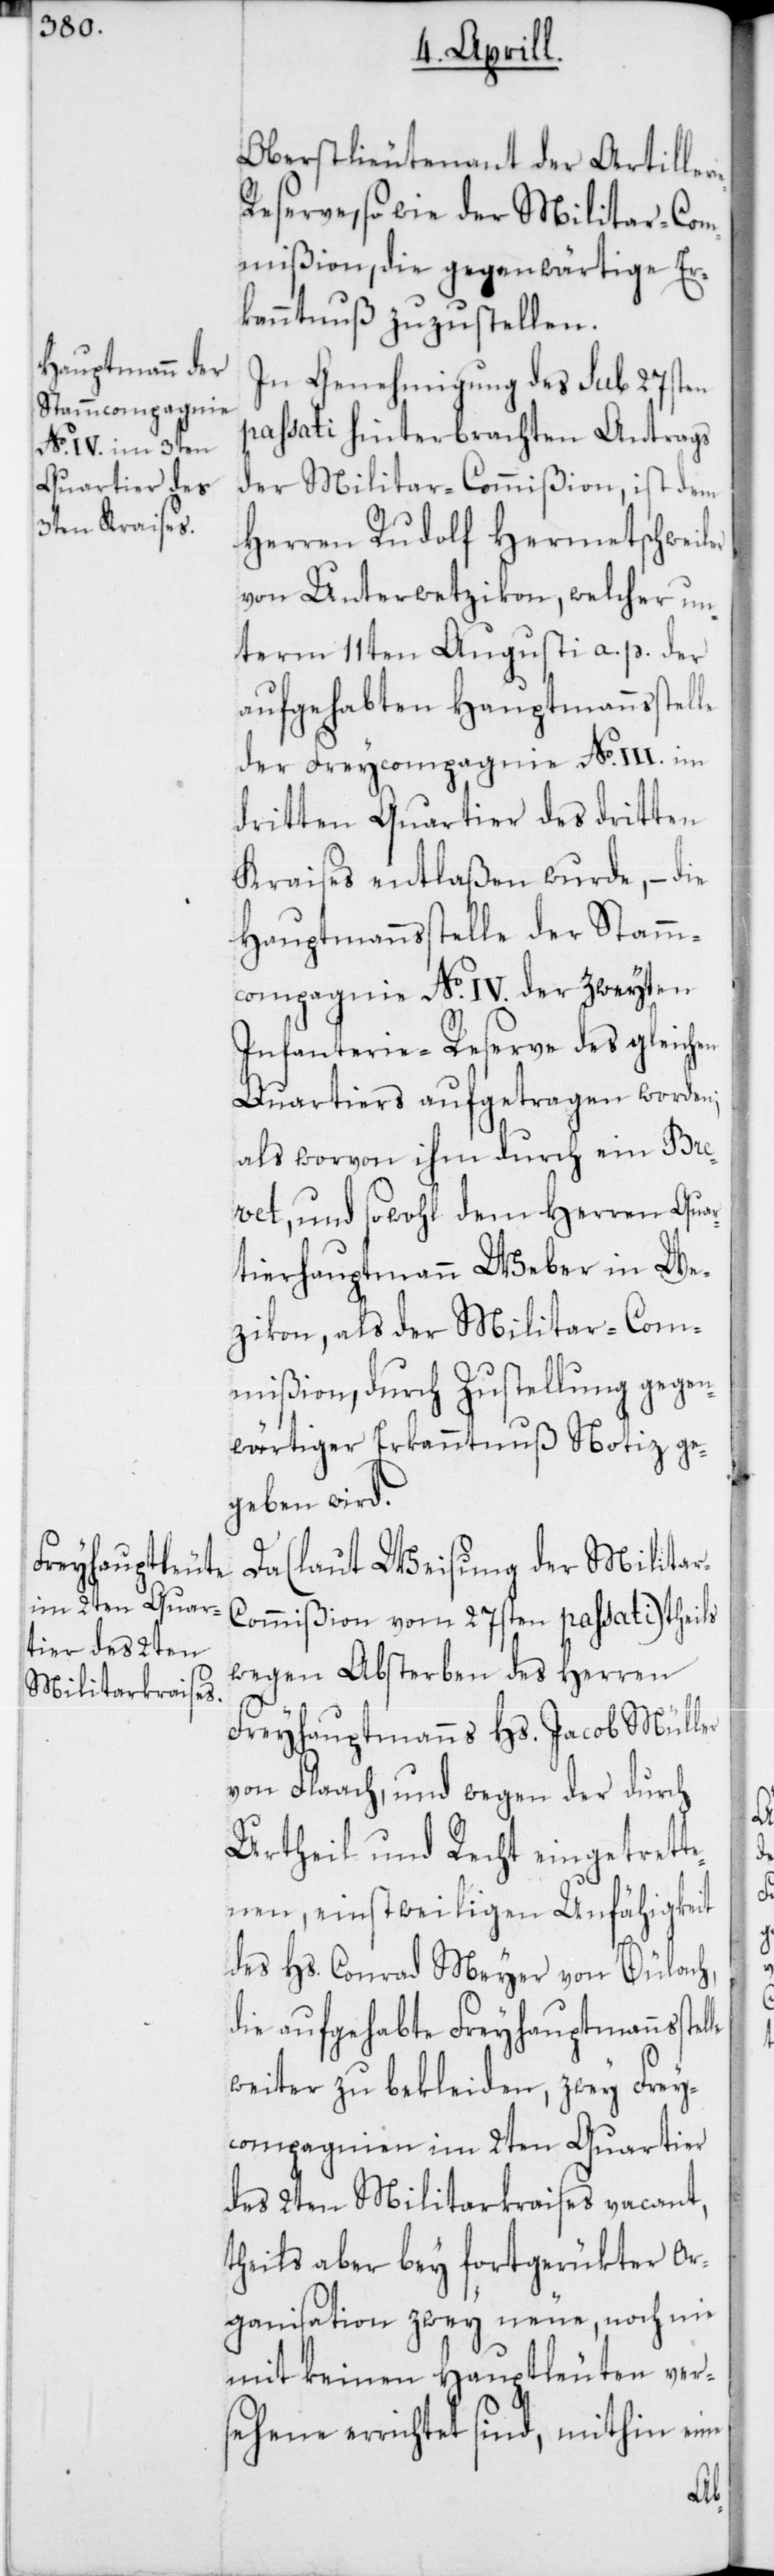
e[t]z¬

Oberstlieutenant der Artille¬
eserve, so wie der Militar-Com¬
mißion, die gegenwärtige Er¬
kanntnuß zuzustellen.
In Genehmigung des sub 27sten
passati hinterbrachten Antrags
der Militar-Commißion, ist dem
Herren Rudolf Hermetschweiler
von Unterwetzikon, welcher un¬
term 11ten Augusti a. p. der
aufgehabten Hauptmannsstel¬
der Freycompagnie No III. im
dritten Quartier des dritten
Kraises entlaßen wurde, – die
Hauptmanns-Stelle der der Stam¬
mcompagnie No IV. der zweyten
Infanterie-Reserve des gleichen
Quartiers aufgetragen worden;
als worvon ihm durch ein Bre¬
vet, und sowohl dem Herren Quar¬
tierhauptmann Weber in W¬
ikon, als der Militar-Com¬
mißion, durch Zustellung gegen¬
wärtiger Erkanntnuß Notiz ge¬
geben wird.
Da (laut Weisung der Milita¬
r-Commißion vom 27sten passati) theils
wegen Absterben des Herren
Freyhauptmanns Hs. Jacob Müller
von Flaach, und wegen der durch
Urtheil und Recht eingetrette¬
nen, einstweilgen Unfähigkeit
des Hs. Conrad Meyer von Bülach,
die aufgehabte Freyhauptmannsstel¬
weiter zu bekleiden, zwey Frey¬
compagnien im 2ten Quartier
des 2ten Militarkraises vacant,
theils aber bey fortgerükter Or¬
ganisation zwey neue, noch nie
mit keinen Hauptleuten vers¬
ehene errichtet sind, mithin eine
le